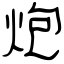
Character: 炮